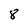
Character: 8